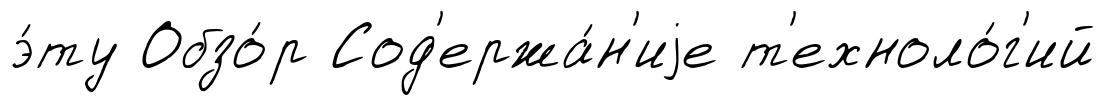
э́ту Обзо́р Сод'ержа́н'иjе т'ехноло́г'ий